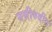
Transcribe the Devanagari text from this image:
नसीरुदीन